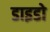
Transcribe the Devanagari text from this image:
डाइडो